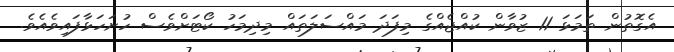
އެގޮތުން ތަމަޅަ 11 ޒުވާން ކުއްޖެއްގެ މިފަދަ މައްސަލަތައް މިދިމަހު ކޯޓަށްވެސް ހުށަހަޅާފައިވެއެވެ.